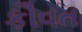
કૌવત